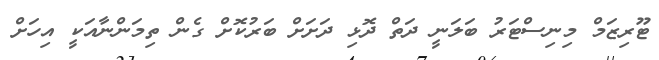
ޓޫރިޒަމް މިނިސްޓަރު ބަލަނީ ދަތް ދޮޅި ދަށަށް ބަރުކޮށް ގެން ތިމަންނާއަކީ އިހަށް